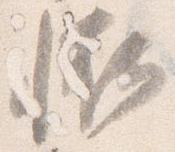
恠